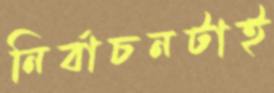
নির্বাচনটাই